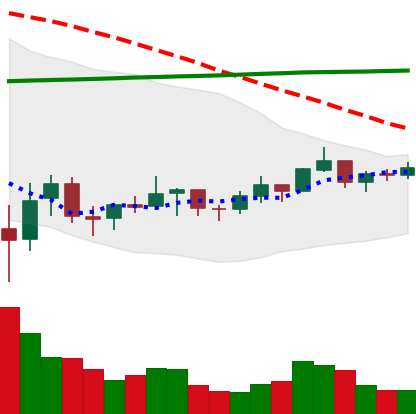
Ticker: BNB-USD
Chart end date: 2021-07-11
Forward return: -5.914%
Label: down_5_7